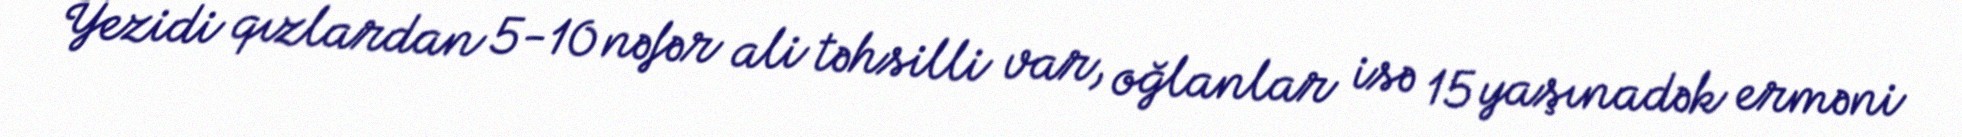
Yezidi qızlardan 5-10 nəfər ali təhsilli var, oğlanlar isə 15 yaşınadək erməni